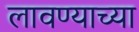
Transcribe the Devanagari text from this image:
लावण्‍याच्‍या